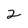
Character: 2